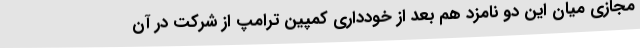
مجازی میان این دو نامزد هم بعد از خودداری کمپین ترامپ از شرکت در آن